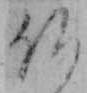
仏